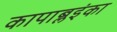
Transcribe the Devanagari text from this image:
कापाब्लइंका